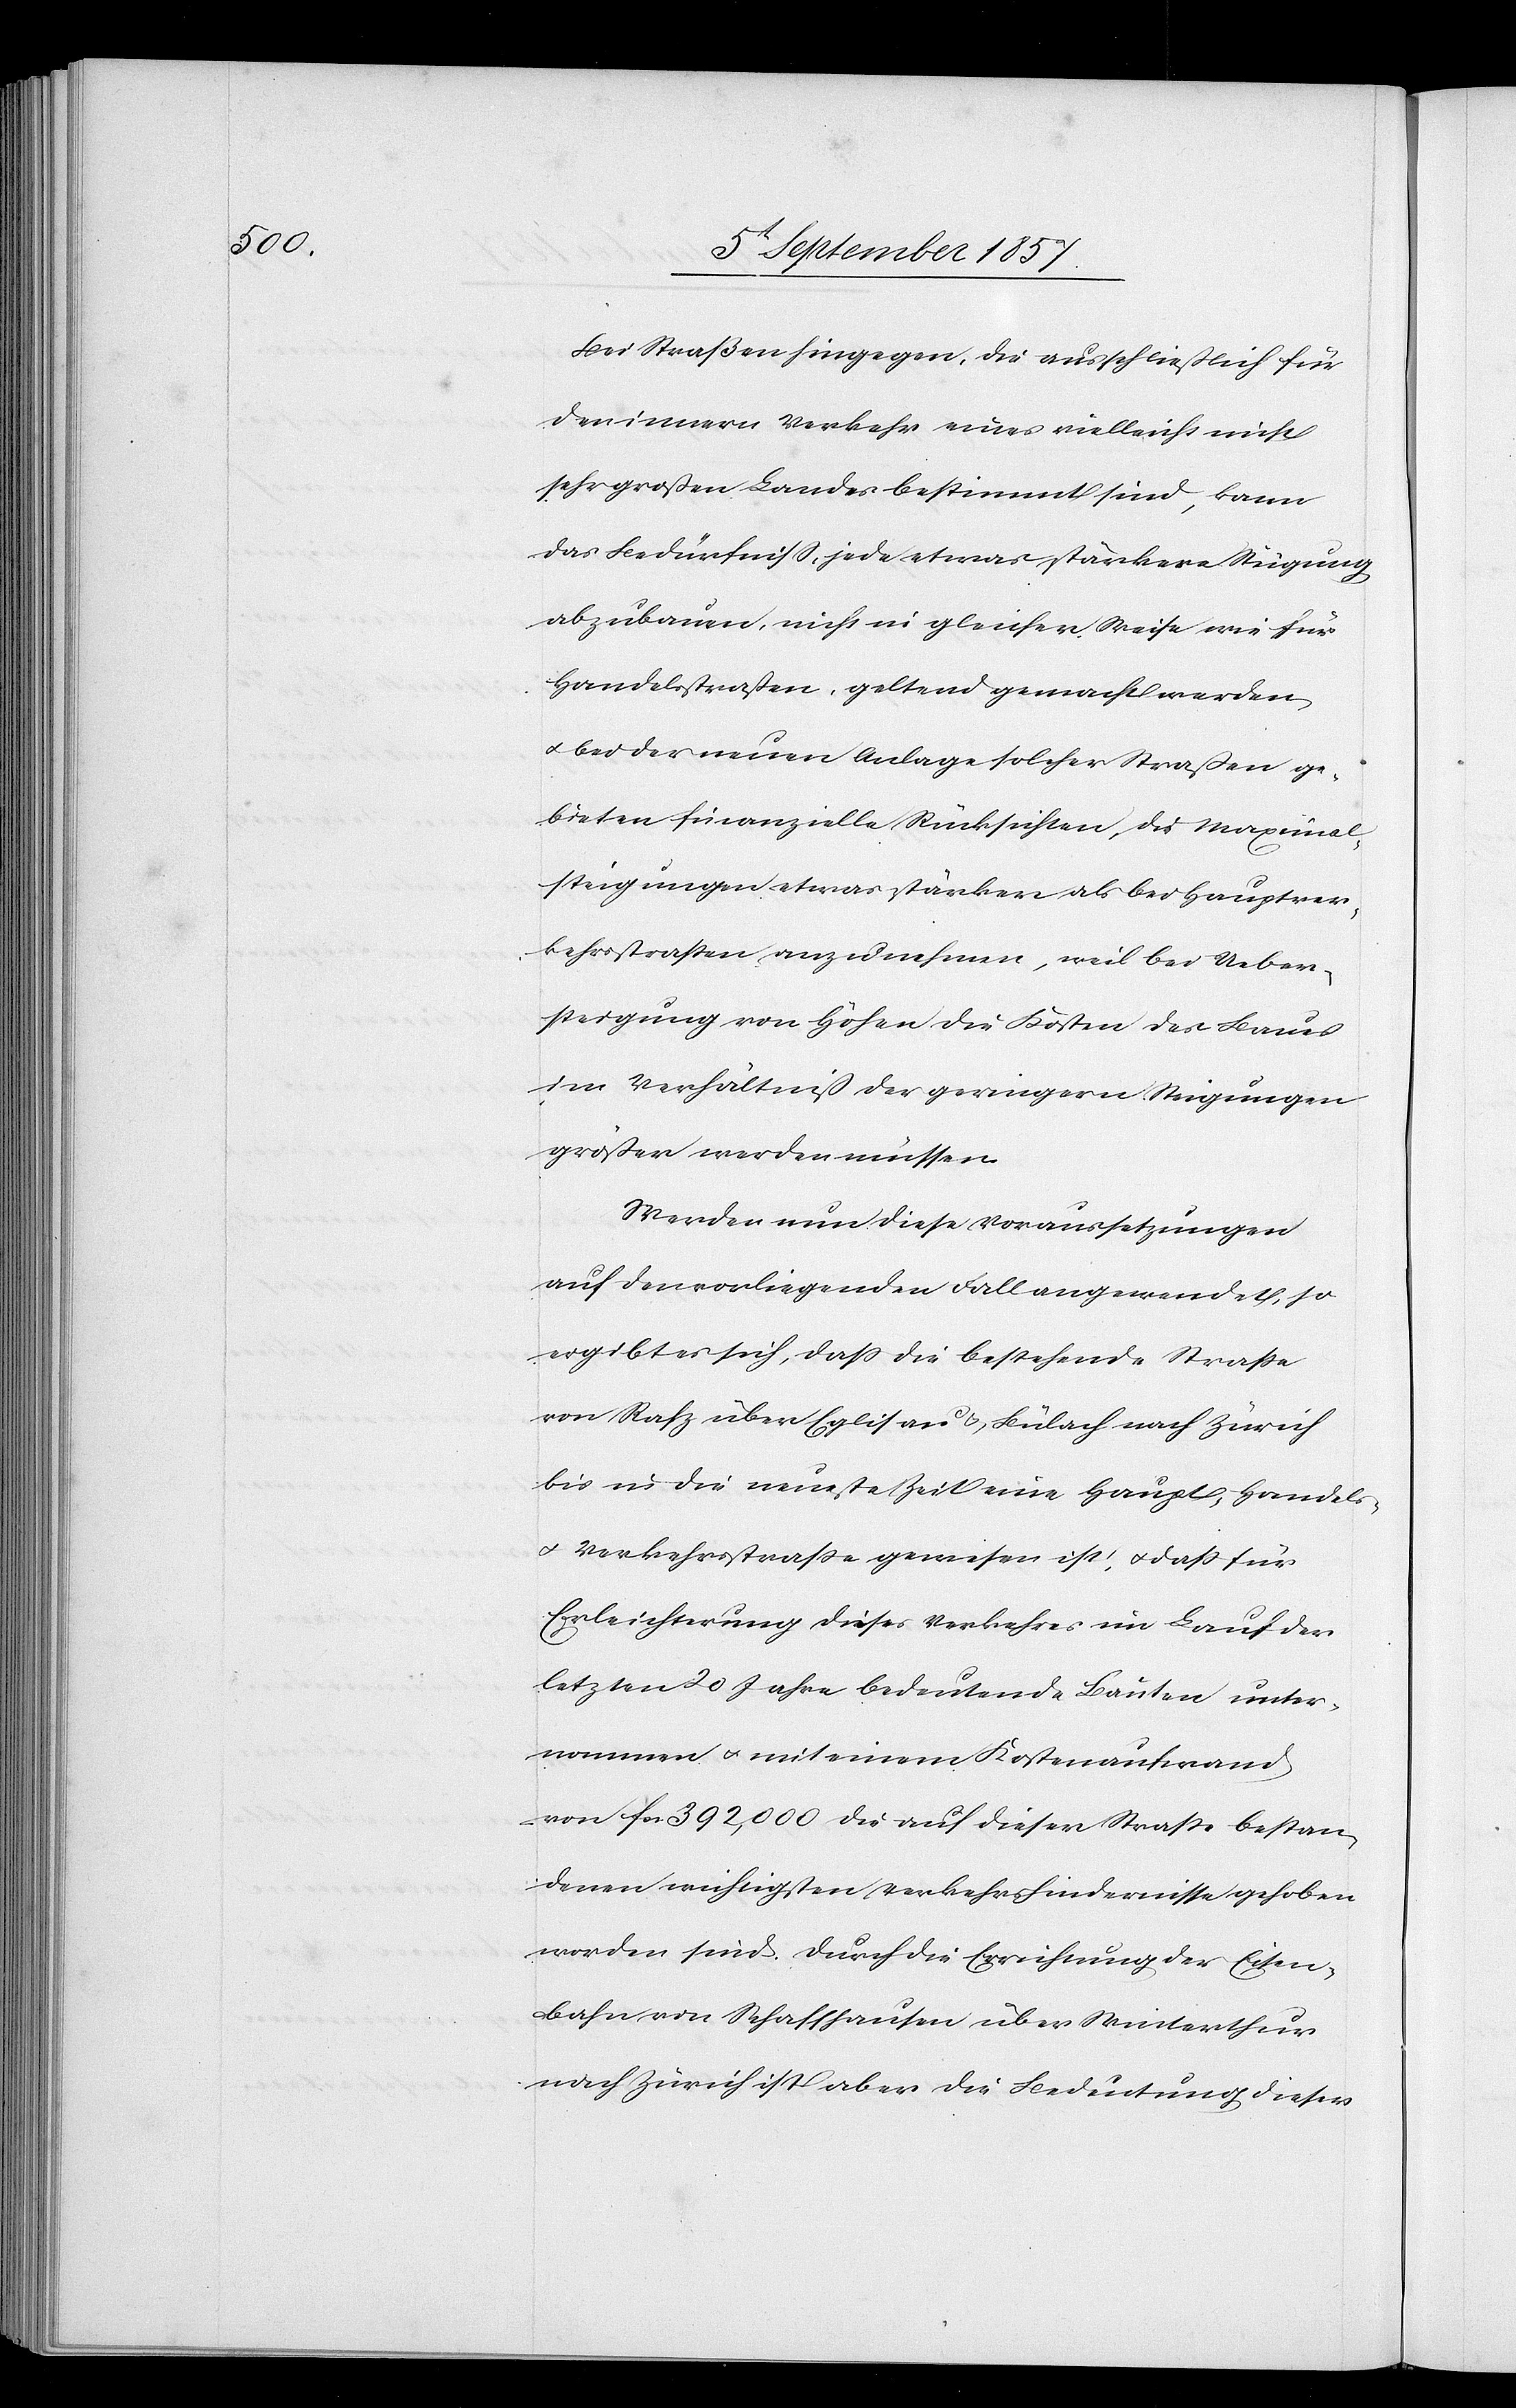
Bei Straßen hingegen, die ausschließlich für
den innern Verkehr eines vielleicht nicht
sehr großen Landes bestimmt sind, kann
das Bedürfniß, jede etwas stärkere Steigung
abzubauen, nicht in gleicher Weise wie für
Handelsstraßen, geltend gemacht werden
& bei der neuen Anlage solcher Straßen ge¬
bieten finanzielle Rücksichten, die Maximal¬
steigungen etwas stärker, als bei Hauptver¬
kehrsstraßen anzunehmen, weil bei Ueber¬
steigung von Höhen die Kosten des Baues
im Verhältniß der geringern Steigungen
größer werden müßen.
Werden nun diese Voraussetzungen
auf den vorliegenden Fall angewendet, so
ergibt sich, daß die bestehende Straße
von Rafz über Eglisau & Bülach nach Zürich
bis in die neuste Zeit eine Haupt,- Handels-
& Verkehrsstraße gewesen ist. Daß für
Erleichterung dieses Verkehres im Lauf der
letzten 20 Jahre bedeutende Bauten unter¬
nommen & mit einem Kostenaufwand
von fcs. 392,000 die auf dieser Straße bestan¬
denen wichtigsten Verkehrshindernisse gehoben
worden sind. Durch die Errichtung der Eisen¬
bahn von Schaffhausen über Winterthur
nach Zürich ist aber die Bedeutung dieser